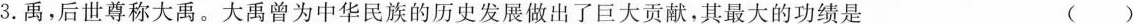
3.禹，后世尊称大禹。大禹曾为中华民族的历史发展做出了巨大贡献，其最大的功绩是 ()